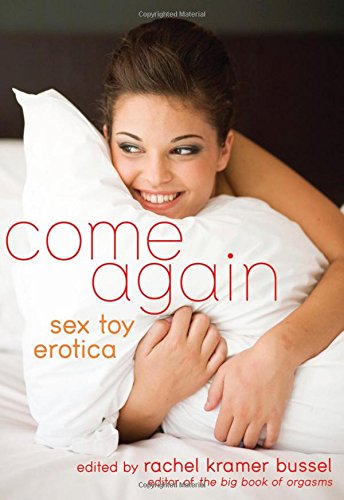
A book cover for Come Again: Sex Toy Erotica; Romance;